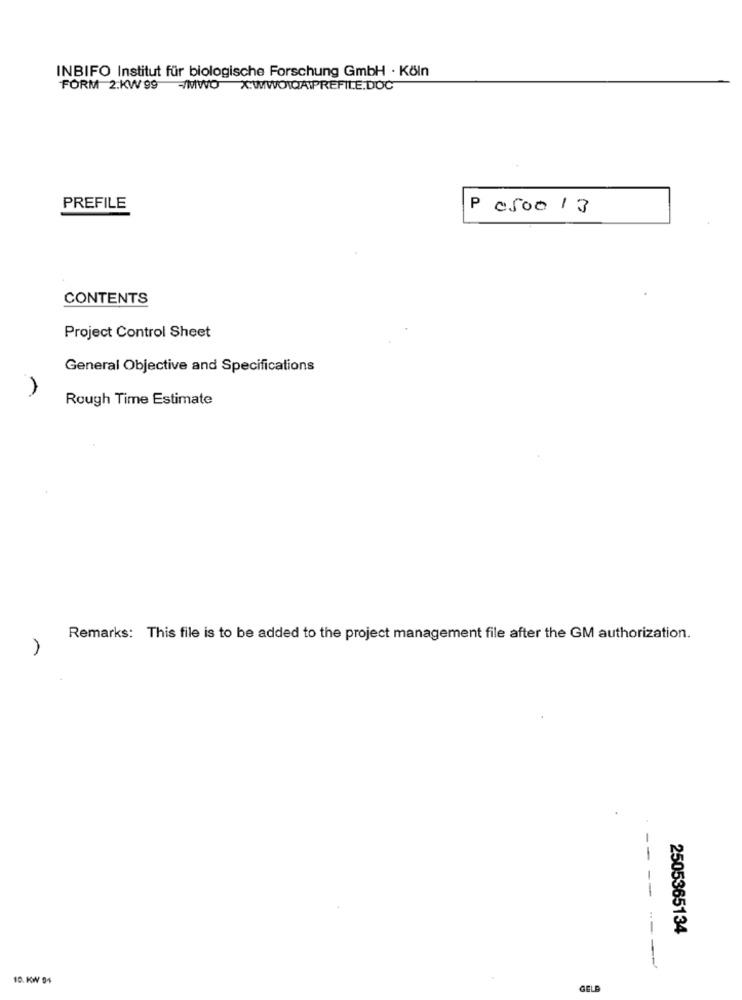
INBIFO Institut für biologische Forschung GmbH · Köln
FORM 2:KW 99 -/MWO X:WWWOTOAIPREFILE.DOC
PREFILE
P 0500 13
CONTENTS
Project Control Sheet
General Objective and Specifications
Rough Time Estimate
Remarks: This file is to be added to the project management file after the GM authorization.
--
--
2505365134
--
10. KW 04
GELD